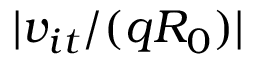
\lvert v _ { i t } / ( q R _ { 0 } ) \rvert